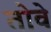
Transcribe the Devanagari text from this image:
तोवे